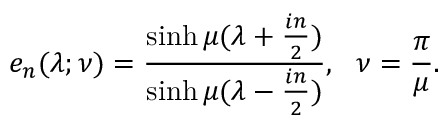
e _ { n } ( \lambda ; \nu ) = \frac { \sinh \mu ( \lambda + { \frac { i n } { 2 } } ) } { \sinh \mu ( \lambda - { \frac { i n } { 2 } } ) } , ~ ~ \nu = { \frac { \pi } { \mu } } . \nonumber